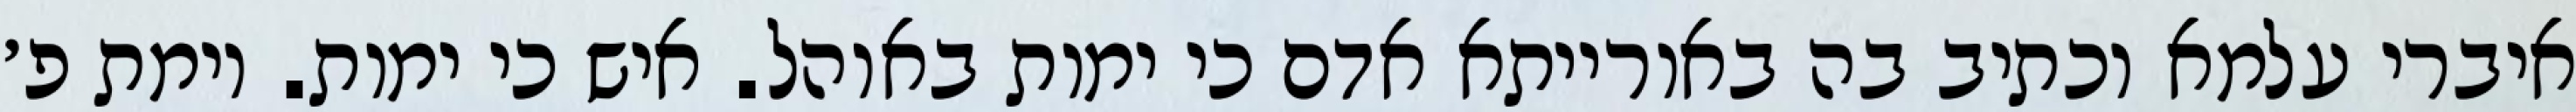
איברי עלמא וכתיב בה באורייתא אדם כי ימות באוהל. איש כי ימות. וימת פ׳